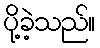
ပို့ခဲ့သည်။